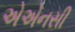
એએનસી